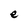
Character: e